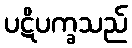
ပဋိပက္ခသည်